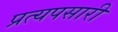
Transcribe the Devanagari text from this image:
प्रत्यपसारी